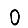
Digit: 0